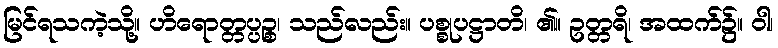
မြင်ရသကဲ့သို့။ ဟိရောတ္တပ္ပဉ္စ၊ သည်လည်း။ ပစ္စုပဋ္ဌာတိ၊ ၏။ ဥတ္တရိ၊ အထက်၌။ ဝါ၊